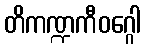
တိကဏ္ဍကီဝဂ္ဂေါ